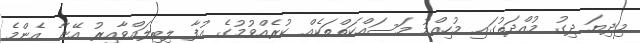
މިދިޔަ ދިގު މުއްދަތުގައި މުހިއްމު މަސައްކަތްތަކެއް ކުރެއްވުމުގެ އުފާ ލިބިލައްވާއިރު އޭނާ އެންމެ